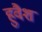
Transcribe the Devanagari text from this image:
हुवैश